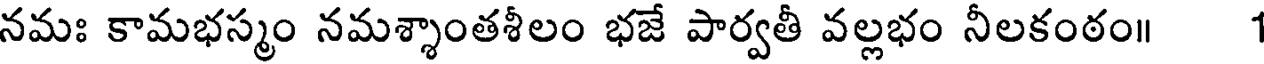
నమః కామభస్మం నమశ్శాంతశీలం భజే పార్వతీ వల్లభం నీలకంఠం॥ 1